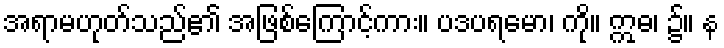
အရာမဟုတ်သည်၏ အဖြစ်ကြောင့်ကား။ ပဒပရမော၊ ကို။ ဣဓ၊ ၌။ န